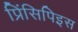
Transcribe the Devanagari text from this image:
प्रिंसिपिइस